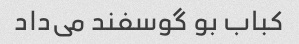
کباب بو گوسفند می‌داد